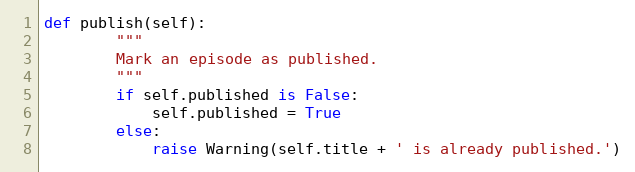
Language: Python
def publish(self):
        """
        Mark an episode as published.
        """
        if self.published is False:
            self.published = True
        else:
            raise Warning(self.title + ' is already published.')